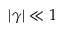
\vert \gamma \vert \ll 1